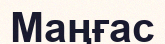
Маңғас